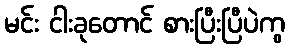
မင်း ငါးခုတောင် စားပြီးပြီပဲကွ